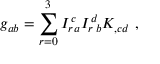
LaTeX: g _ { a b } = \sum _ { r = 0 } ^ { 3 } I _ { r } { \! } ^ { c } { \! } _ { a } I _ { r } { \! } ^ { d } { \! } _ { b } K _ { , c d } \ ,